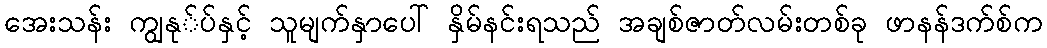
အေးသန်း ကျွနု်ပ်နှင့် သူမျက်နှာပေါ် နှိမ်နင်းရသည် အချစ်ဇာတ်လမ်းတစ်ခု ဖာနန်ဒက်စ်က